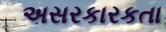
અસરકારકતા